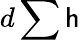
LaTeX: d\sum\mathsf{h}